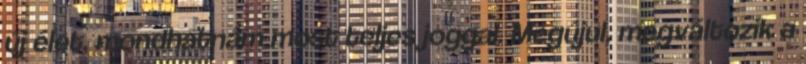
új élet, mondhatnám most teljes joggal. Megújul, megváltozik a